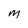
Character: M